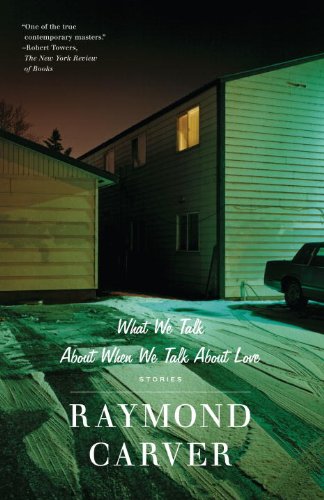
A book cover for What We Talk About When We Talk About Love: Stories; Raymond Carver; Literature & Fiction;